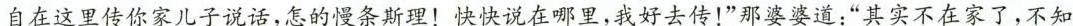
自在这里传你家儿子说话，怎的慢条斯理！快快说